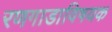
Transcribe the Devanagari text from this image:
रणगाडाविषयक